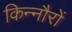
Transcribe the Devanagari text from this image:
किन्नौरों